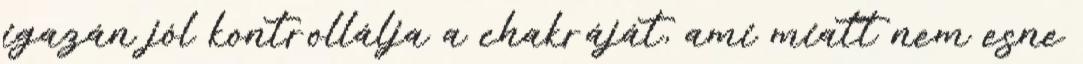
igazán jól kontrollálja a chakráját, ami miatt nem esne